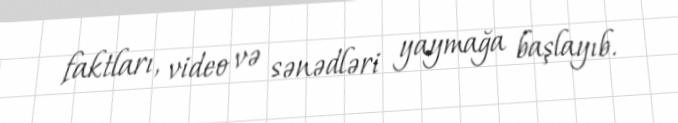
faktları, video və sənədləri yaymağa başlayıb.